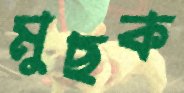
মুছক